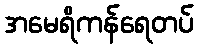
အမေရိကန်ရေတပ်